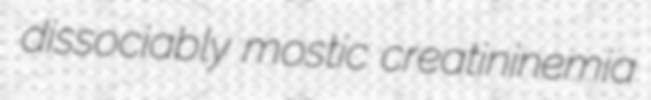
dissociably mostic creatininemia